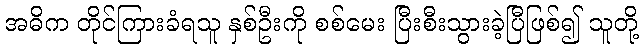
အဓိက တိုင်ကြားခံရသူ နှစ်ဦးကို စစ်မေး ပြီးစီးသွားခဲ့ပြီဖြစ်၍ သူတို့